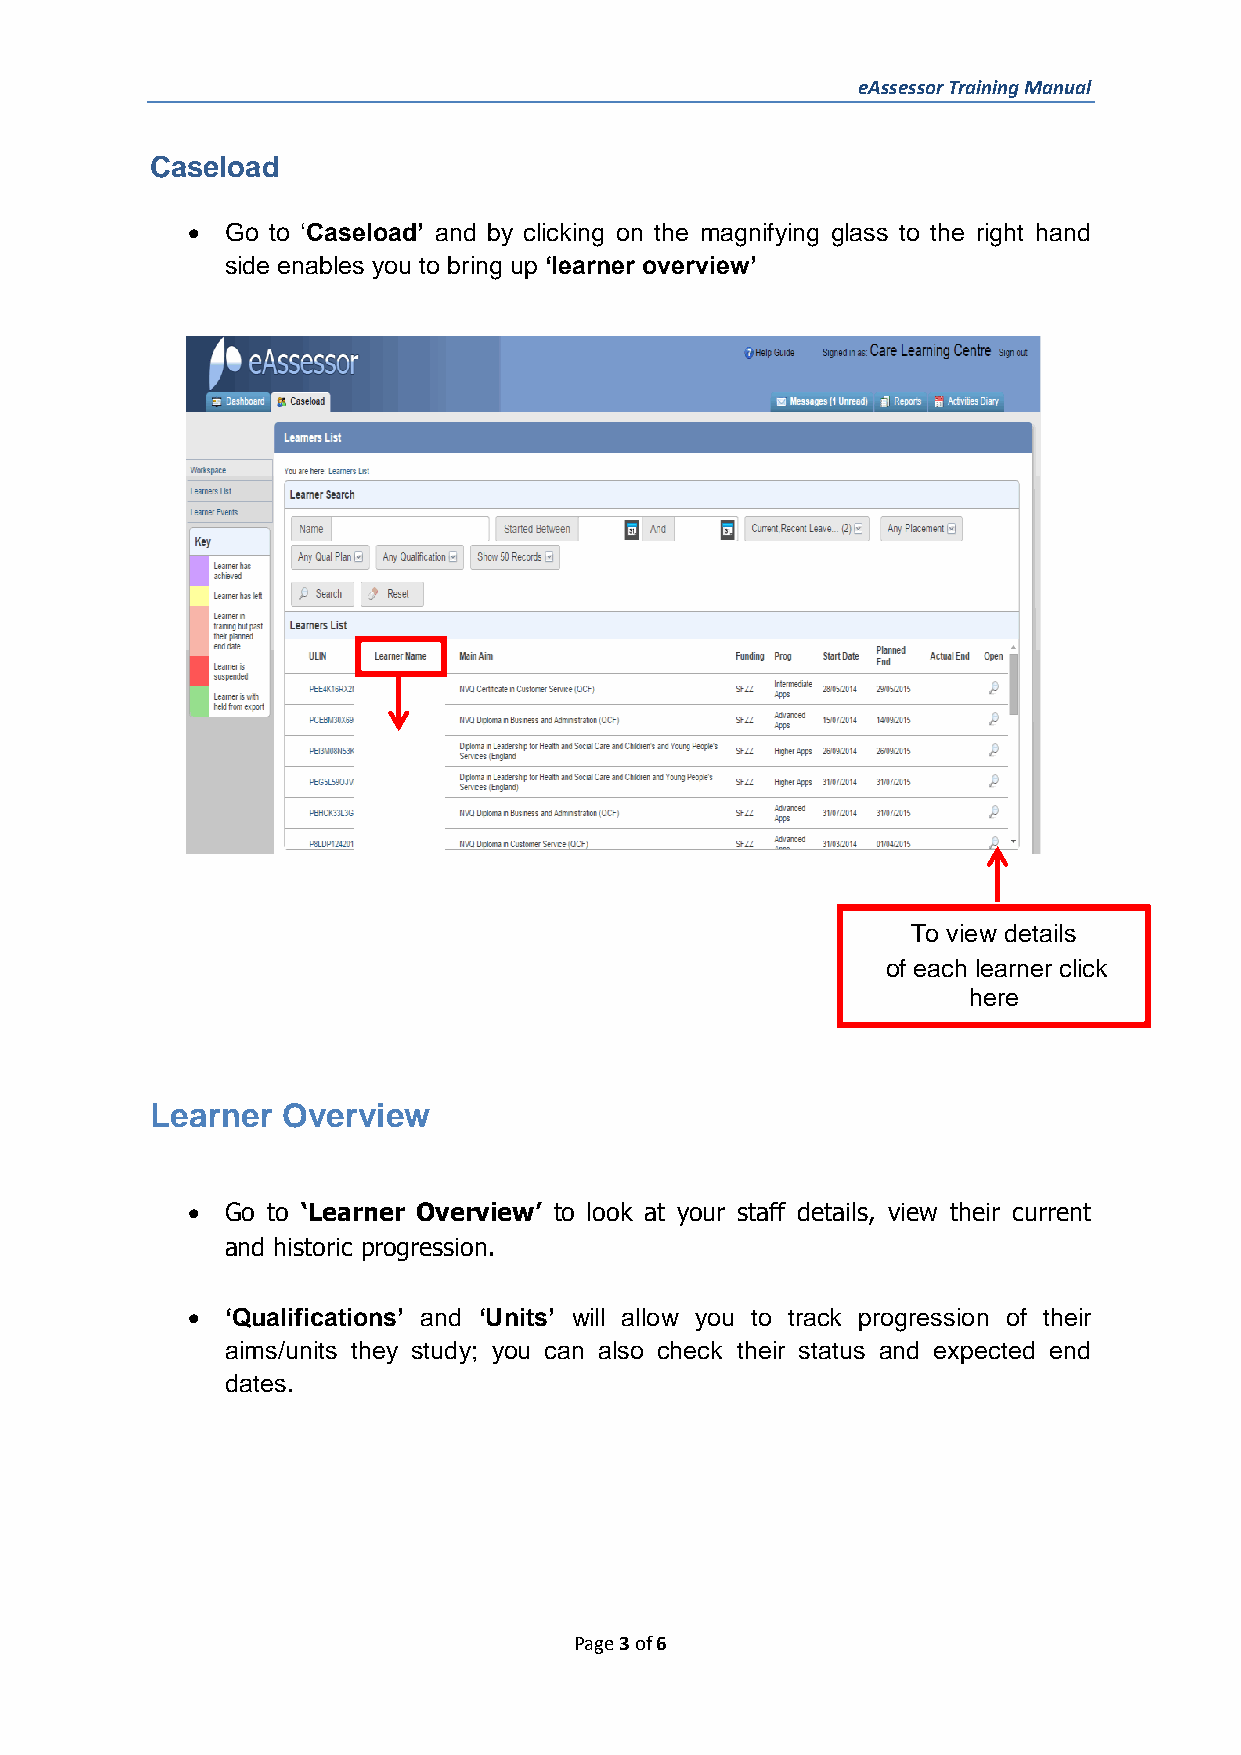
eAssessor Training Manual
 Caseload
 •  Go to ‘Caseload’ and by clicking on the magnifying glass to the right hand
 side enables you to bring up ‘learner overview’
 To view details
 of each learner click
 here
 Learner  Overview
 •  Go to ‘Learner Overview’ to look at your staff details, view their current
 and historic progression.
 •  ‘Qualifications’ and ‘Units’ will allow you to track progression of their
 aims/units they study; you can also check their status and expected end
 dates.
 Page 3 of 6